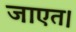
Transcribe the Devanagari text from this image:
जाएत।